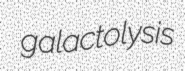
galactolysis